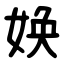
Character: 㛟